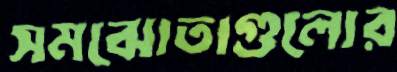
সমঝোতাগুলোর